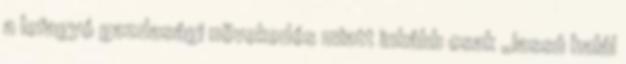
a lefagyó gazdasági növekedés miatt inkább csak „lassú halál